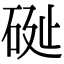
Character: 𥒔